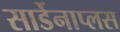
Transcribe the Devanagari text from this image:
सार्डेनाप्लस